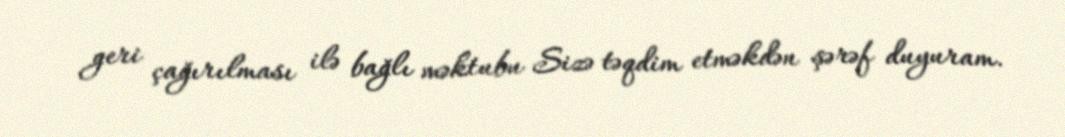
geri çağırılması ilə bağlı məktubu Sizə təqdim etməkdən şərəf duyuram.